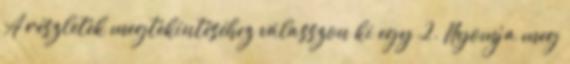
A részletek megtekintéséhez válasszon ki egy 2. Nyomja meg